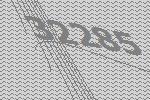
32285